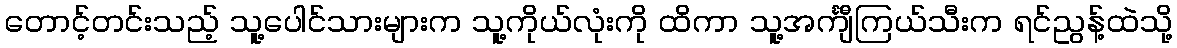
တောင့်တင်းသည့် သူ့ပေါင်သားများက သူ့ကိုယ်လုံးကို ထိကာ သူ့အင်္ကျီကြယ်သီးက ရင်ညွန့်ထဲသို့